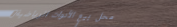
محل بيع الأدوات الرياضية: